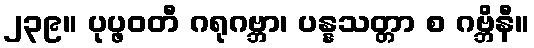
၂၃၉။ ပုပ္ဖဝတီ ဂရုဂဗ္ဘာ၊ ပန္နသတ္တာ စ ဂဗ္ဘိနီ။